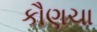
કૌણચા